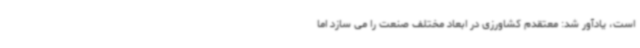
است، یادآور شد: معتقدم کشاورزی در ابعاد مختلف صنعت را می سازد اما